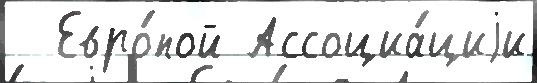
  Евро́пой Ассоциа́циjи